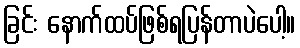
ခြင်း နောက်ထပ်ဖြစ်ရပြန်တာပဲပေါ့။